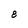
Character: 3